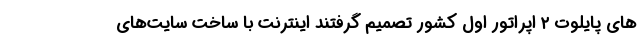
های پایلوت ۲ اپراتور اول کشور تصمیم گرفتند اینترنت با ساخت سایت‌های